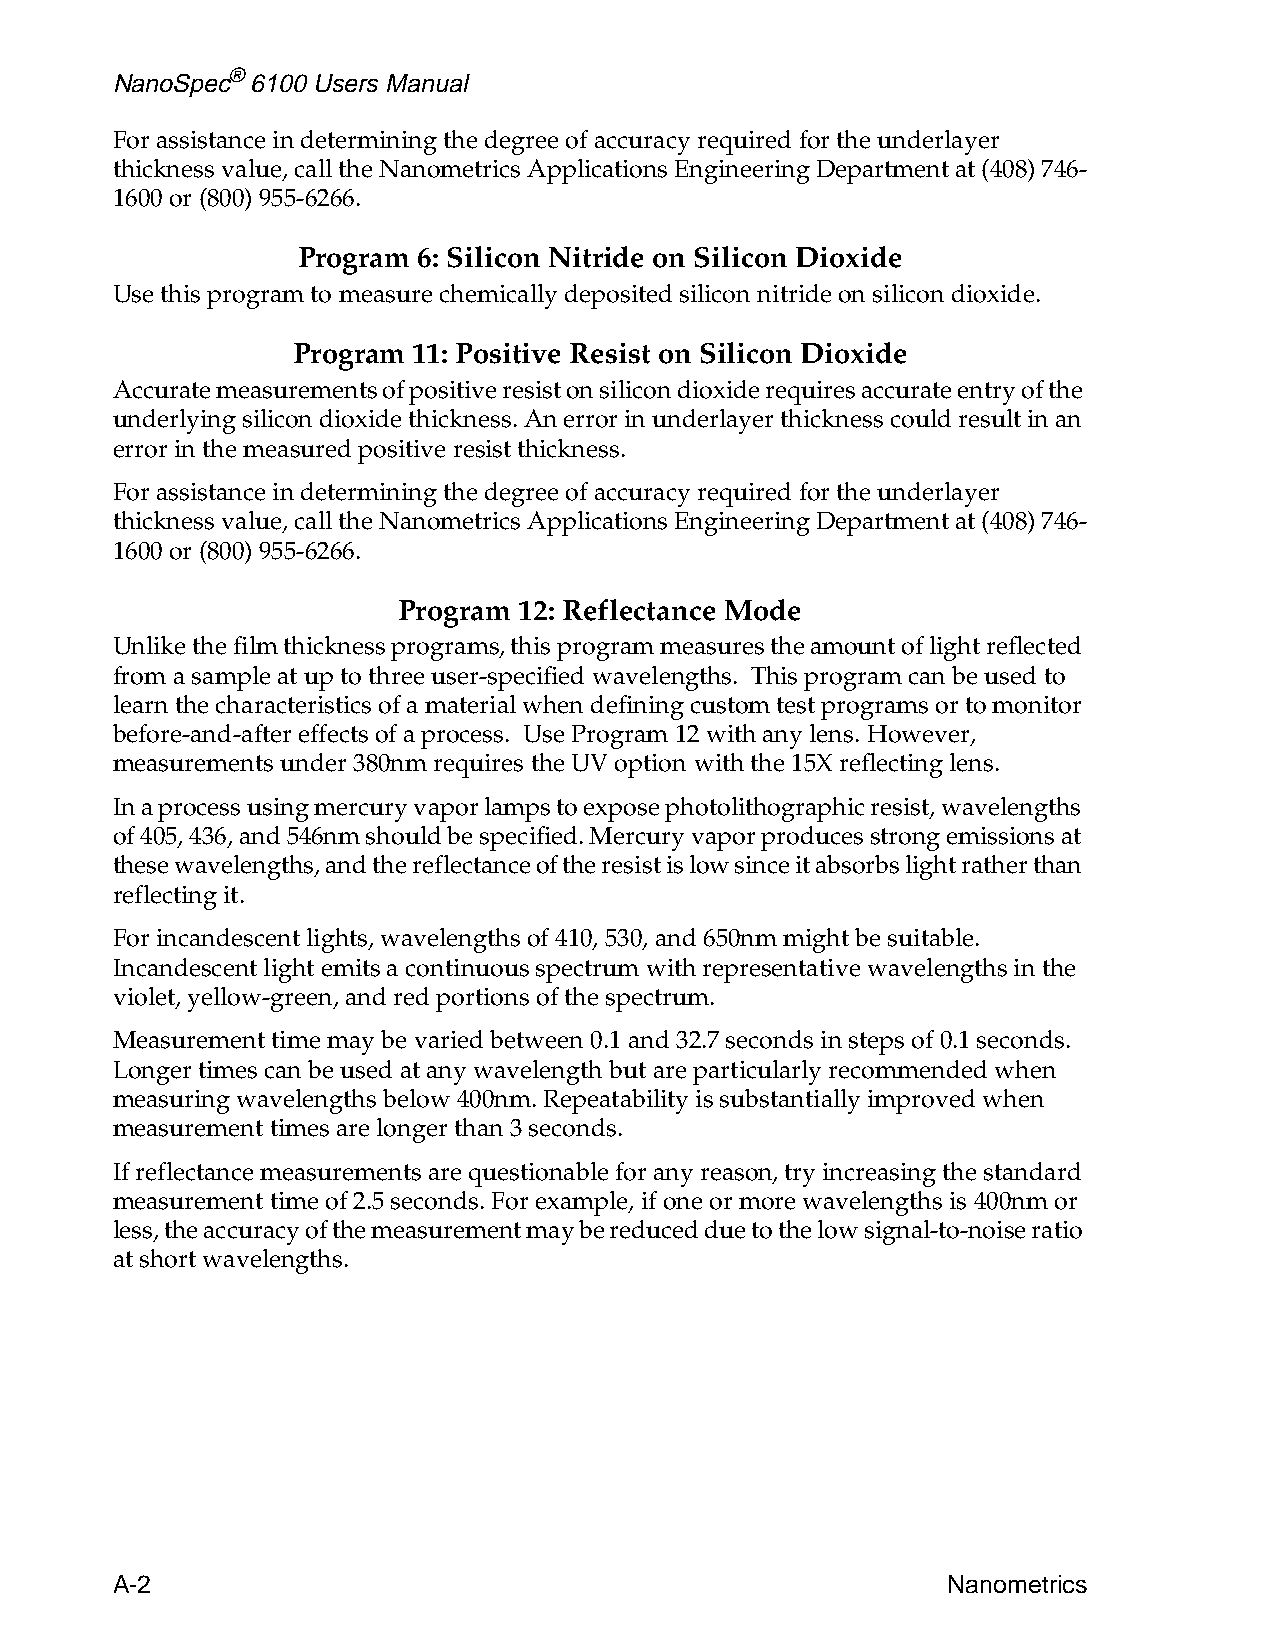
NanoSpec® 6100 Users Manual
 For assistance in determining the degree of accuracy required for the underlayer
 thickness value, call the Nanometrics Applications Engineering Department at (408) 746-
 1600 or (800)955-6266.
 Program 6: Silicon Nitride on Silicon Dioxide
 Use this program to measure chemically deposited silicon nitride on silicon dioxide.
 Program 11: Positive Resist on Silicon Dioxide
 Accurate measurements of positive resist on silicon dioxide requires accurate entry of the
 underlying silicon dioxide thickness. An error in underlayer thickness could result in an
 error in the measured positive resist thickness.
 For assistance in determining the degree of accuracy required for the underlayer
 thickness value, call the Nanometrics Applications Engineering Department at (408) 746-
 1600 or (800)955-6266.
 Program 12: Reflectance Mode
 Unlike the film thickness programs, this program measures the amount of light reflected
 from a sample at up to three user-specified wavelengths. This program can be used to
 learn the characteristics of a material when defining custom test programs or to monitor
 before-and-after effects of a process. Use Program 12 with any lens. However,
 measurements under 380nm requires the UV option with the 15X reflecting lens.
 In a process using mercury vapor lamps to expose photolithographic resist, wavelengths
 of 405, 436, and 546nm should be specified. Mercury vapor produces strong emissions at
 these wavelengths, and the reflectance of the resist is low since it absorbs light rather than
 reflecting it.
 For incandescent lights, wavelengths of 410, 530, and 650nm might be suitable.
 Incandescent light emits a continuous spectrum with representative wavelengths in the
 violet, yellow-green, and red portions of the spectrum.
 Measurement time may be varied between 0.1 and 32.7 seconds in steps of 0.1 seconds.
 Longer times can be used at any wavelength but are particularly recommended when
 measuring wavelengths below 400nm. Repeatability is substantially improved when
 measurement times are longer than 3 seconds.
 If reflectance measurements are questionable for any reason, try increasing the standard
 measurement time of 2.5 seconds. For example, if one or more wavelengths is 400nm or
 less, the accuracy of the measurement may be reduced due to the low signal-to-noise ratio
 at short wavelengths.
 A-2                                                     Nanometrics